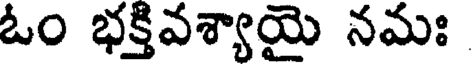
ఓం భక్తివశ్యాయై నమః